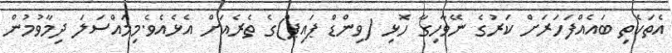
އެތަކެތި ބައެއްފަހަރަށް ކަރުގެ ނޭވާހިގާ ހޮޅި (ވިންޑް ޕައިޕް)ގެ ތެރެއަށް އެޅެއެވެ.މިމައްސަލަ ދިމާވުމުން